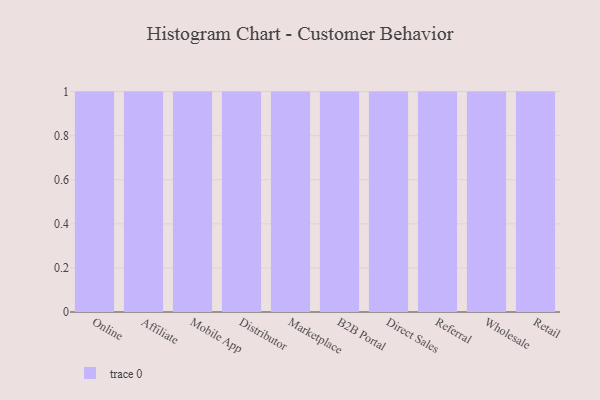
{"axis": {"x": "Channel", "y": "Humidity (%)"}, "legend": [""], "data": [{"x": "Online", "y": 13, "type": ""}, {"x": "Affiliate", "y": 73, "type": ""}, {"x": "Mobile App", "y": 8, "type": ""}, {"x": "Distributor", "y": 45, "type": ""}, {"x": "Marketplace", "y": 95, "type": ""}, {"x": "B2B Portal", "y": 60, "type": ""}, {"x": "Direct Sales", "y": 69, "type": ""}, {"x": "Referral", "y": 29, "type": ""}, {"x": "Wholesale", "y": 34, "type": ""}, {"x": "Retail", "y": 26, "type": ""}]}